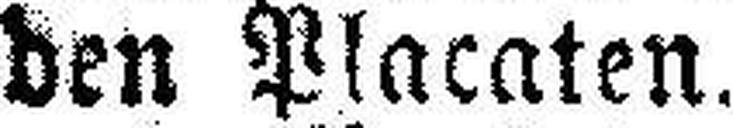
den Placaten.